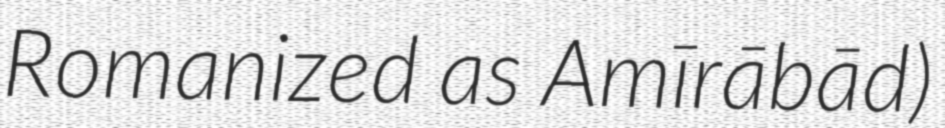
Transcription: Romanized as Amīrābād)